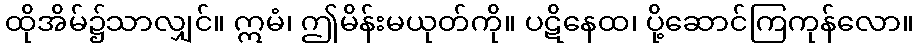
ထိုအိမ်၌သာလျှင်။ ဣမံ၊ ဤမိန်းမယုတ်ကို။ ပဋိနေထ၊ ပို့ဆောင်ကြကုန်လော။